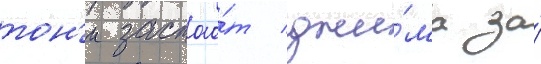
тон'и застао́т джи́ма за́